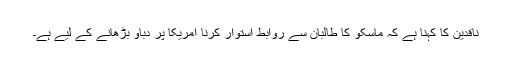
ناقدین کا کہنا ہے کہ ماسکو کا طالبان سے روابط استوار کرنا امریکا پر دباؤ بڑھانے کے لیے ہے۔